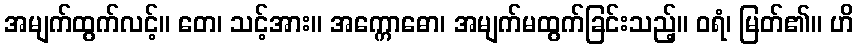
အမျက်ထွက်လင့်။ တေ၊ သင့်အား။ အက္ကောဓော၊ အမျက်မထွက်ခြင်းသည့်။ ဝရံ၊ မြတ်၏။ ဟိ